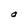
Character: O